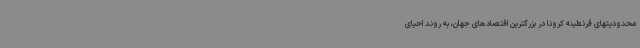
محدودیتهای قرنطینه کرونا در بزرگترین اقتصادهای جهان، به روند احیای